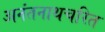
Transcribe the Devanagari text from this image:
अनंतनाथचरित